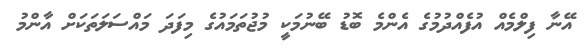
އޭނާ ފިލްމެއް އުފެއްދުމުގެ އެންމެ ބޮޑު ބޭނުމަކީ މުޖުތަމައުގެ މިފަދަ މައްސަލަތަކަށް އާންމު